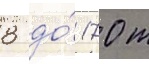
8 до́ 170 т